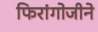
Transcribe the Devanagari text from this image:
फिरांगोजीने